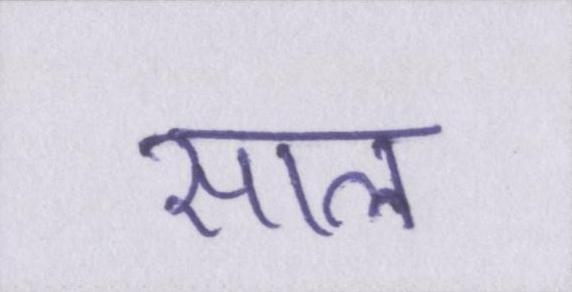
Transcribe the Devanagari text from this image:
साल